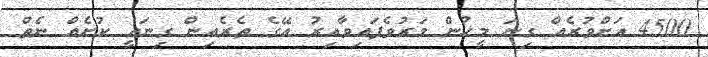
4500 އަށްވުރެއް ގިނަ މީހުން މަރުވެފައިވާއިރު އޭގެ ތެރެއިން ގިނައީ ކުށެއް ނެތް